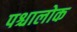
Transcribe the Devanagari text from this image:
पश्चालोक